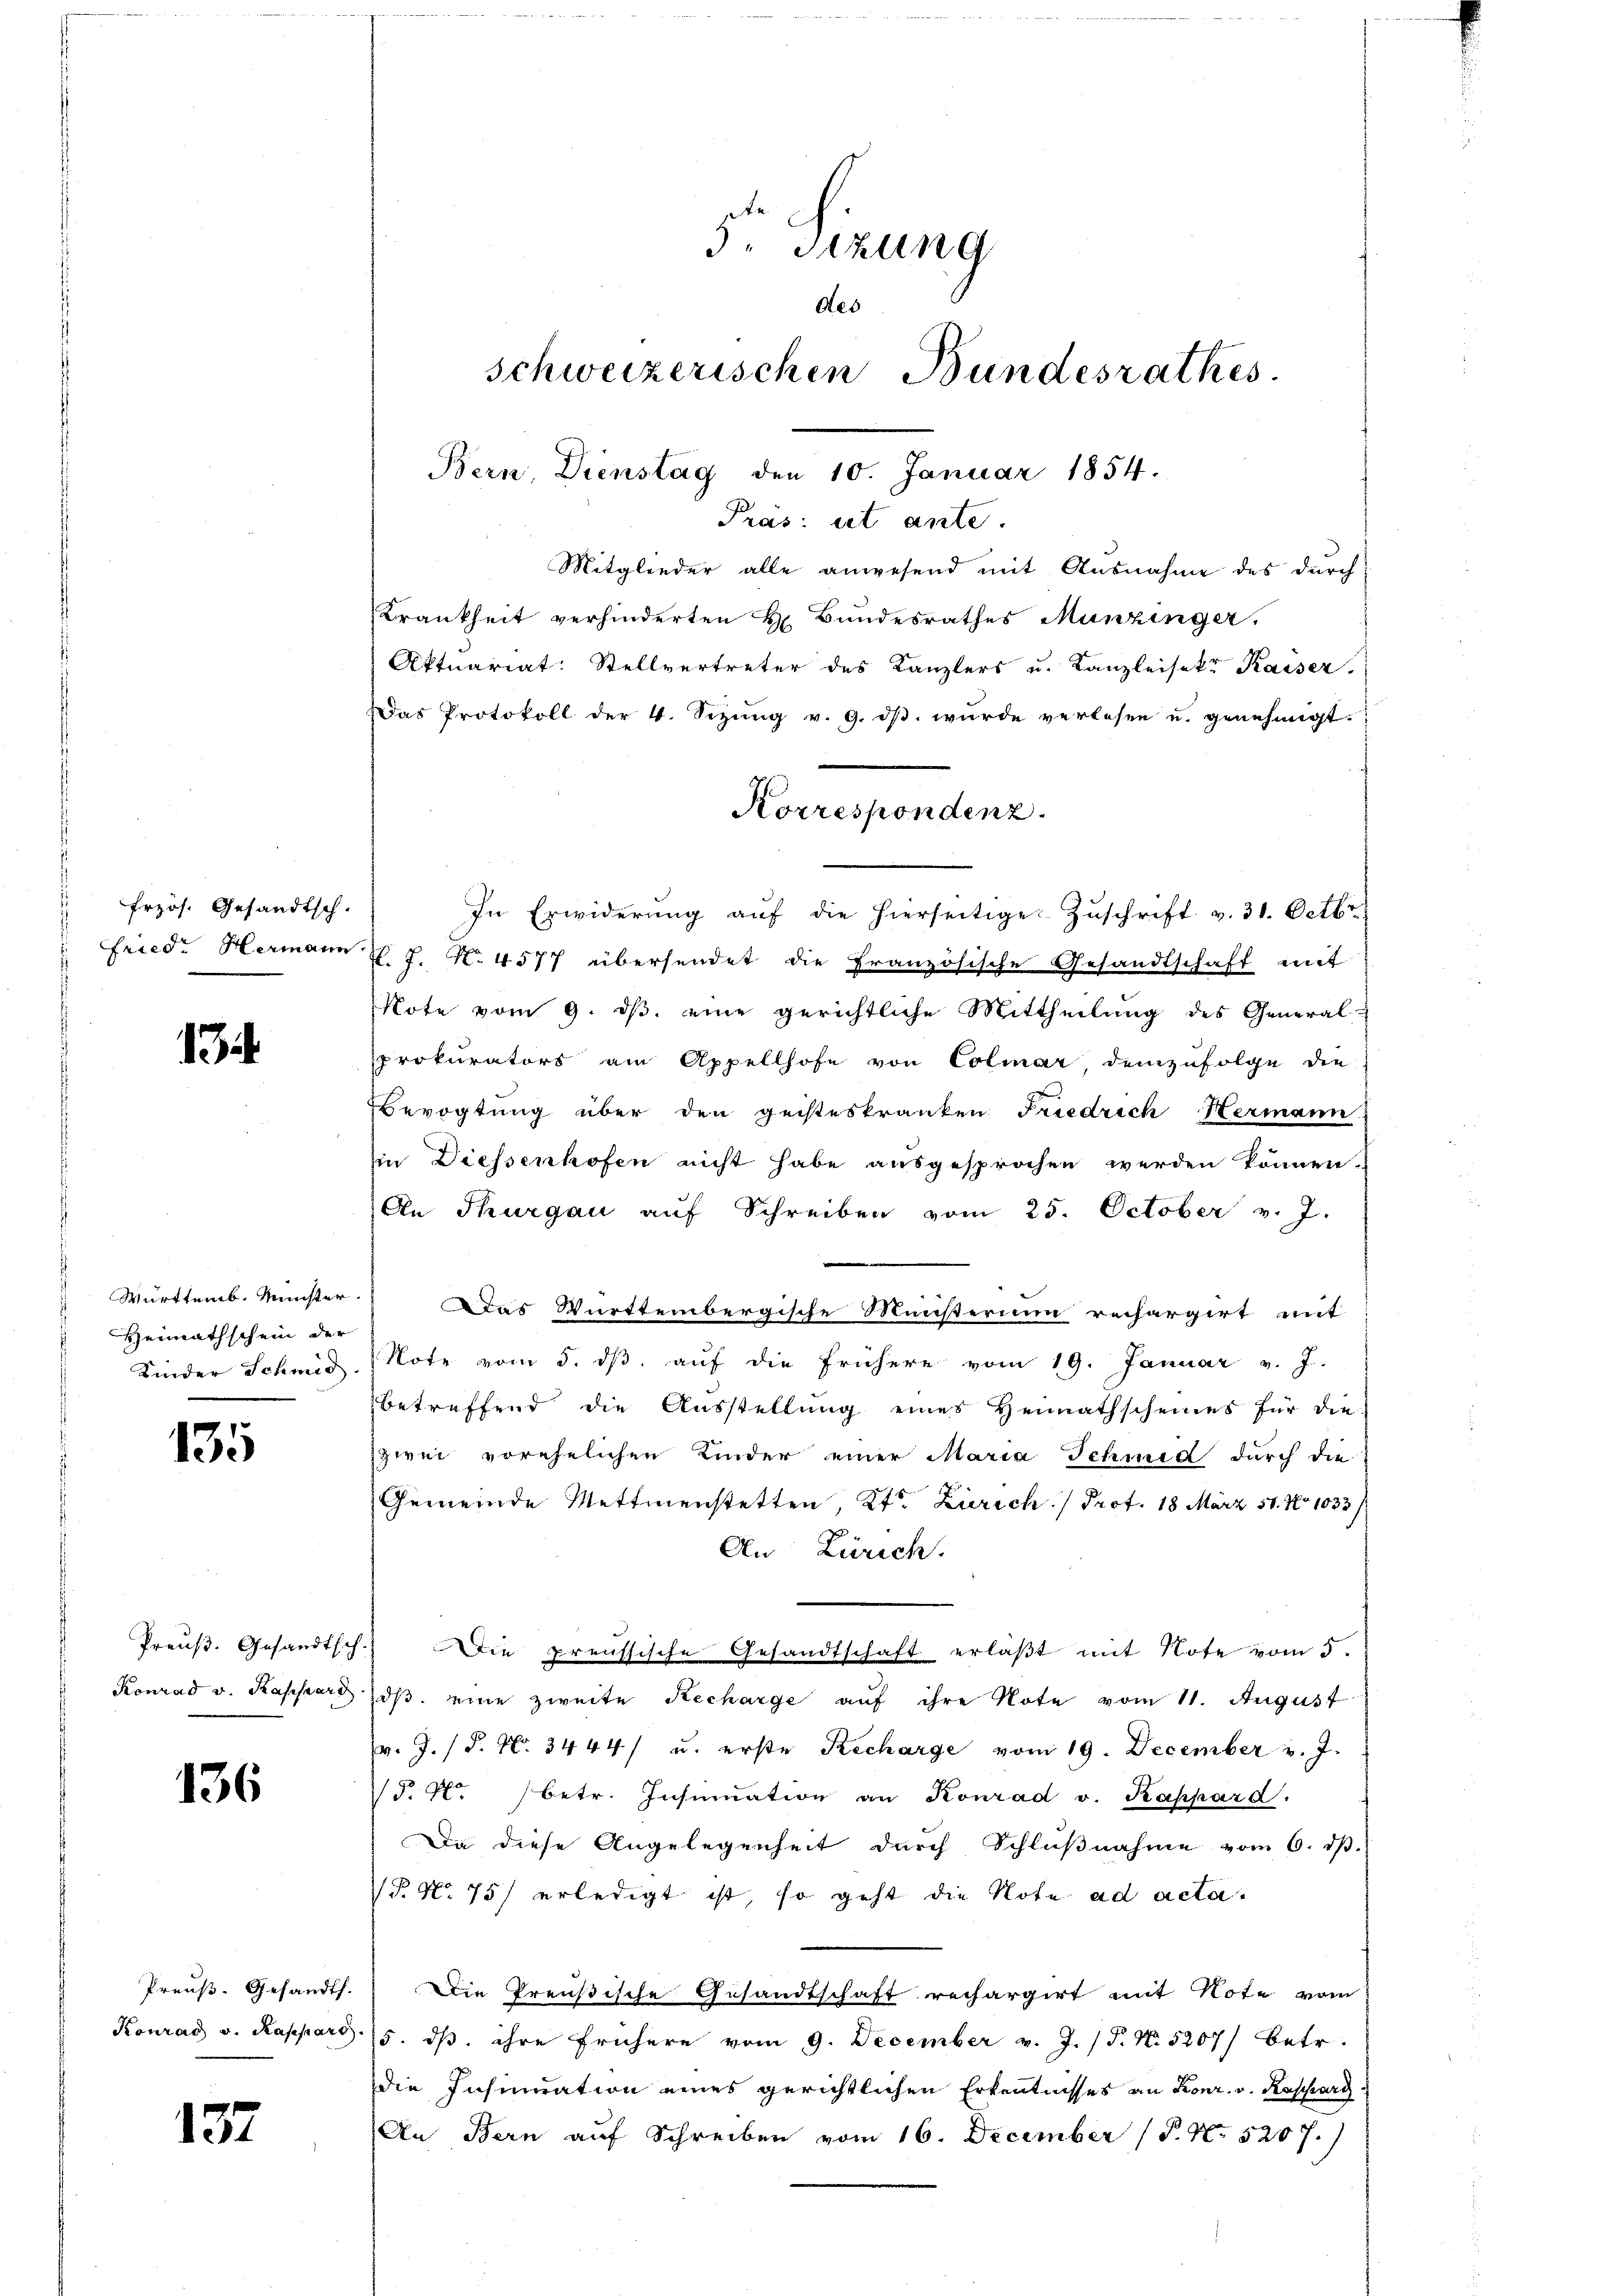
frzös. Gesandtsch.
Fried. Hermann

1

Württemb. Münster
Heimathschein der
Kinder Schmid

135

Preuß. Gesandtsch.
Konrad v. Kassard

136

Preuß. Gesandt.
Konrad v. Rappard

137

Bern, Dienstag den 10. Januar 1854.

5. Sitzung
des
schweizerischen Bundesrathes

Pras: et ante.
Mitglieder alle anwesend mit Ausnahme des durch
Krankheit verhinderten H. Bundesrathes Munzinger.
Aktuariat: Stellvertreter des Kanzlers u. Kanzleisekt Kaiser
Das Protokoll der 4. Sizung v. 9. dβ. wurde verlesen u. genehmigt.
In Erwiderung auf die hierseitige Zuschrift v. 31. Octbr.
l. J. N. 4577 übersendet die Französische Gesandtschaft mit
Note vom 9. ds. eine gerichtliche Mittheilung des General-
prokurators am Appellhofe von Colmar demzufolge die
Bevogtung über den geisteskranken Friedrich Hermann
in Diessenhofen nicht habe ausgesprochen werden können.
An Thurgau auf Schreiben vom 25. October v. J.
Das Württembergische Ministerium rechargirt mit
Note vom 5. dβ aŭf die frühere vom 19. Januar v. J.
betreffend die Ausstellung eines Heimathscheines für die
zwei vorehelichen Kinder einer Maria Schmid durch die
Gemeinde Mettmenstetten, Kt. Zürich. Prof. 18 März 51. No 1033/
An Zürich.
 Die preussische Gesandtschaft erläßt mit Note vom 5.
iβ eine zweite Recharge auf ihre Note vom 11. August
v. J. P. Nr. 3444) u. erste Recharge vom 19. December v. J.
P. F. betr. Insinuation an Konrad v. Kappard.
Da diese Angelegenheit durch Schlußnahme vom 6. d.
P. Nr. 75 erledigt ist, so geht die Note ad acta.
Die Preußische Gesandtschaft rechargirt mit Note vom
5. dß. ihre frühere vom 9. December v. J. (T. N. 5207/ betr.
die Insinuation eines gerichtlichen Erkentnisses an Konr. v. Kassari
An Bern auf Schreiben vom 16. December (T. N. 5207.)

Korrespondenz.